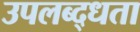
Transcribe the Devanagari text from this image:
उपलब्द्धता